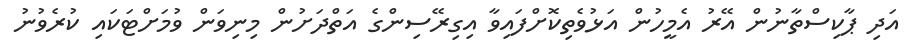
އަދި ޕާކިސްތާނުން އޭރު އެމީހުން އަޅުވެތިކޮށްފައިވާ އިގިރޭސިންގެ އަތްދަށުން މިނިވަން ވުމަށްޓަކައި ކުރެވުނު